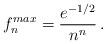
LaTeX: \begin{align*}f_n^{max} = { e^{- {1 / 2}} \over n^n} \, .\end{align*}